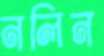
নলিন